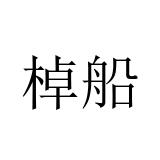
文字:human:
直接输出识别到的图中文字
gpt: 棹船